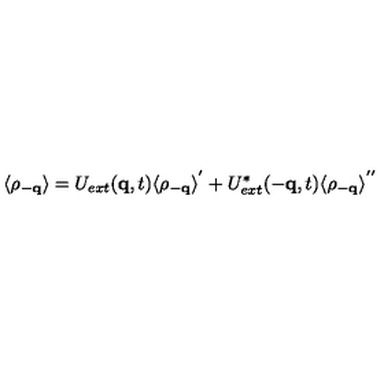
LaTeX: \langle \rho _ { - { \bf { q } } } \rangle = U _ { e x t } ( { \bf { q } } , t ) \langle \rho _ { - { \bf { q } } } \rangle ^ { ' } + U _ { e x t } ^ { * } ( - { \bf { q } } , t ) \langle \rho _ { - { \bf { q } } } \rangle ^ { ' ^ { \prime } }